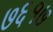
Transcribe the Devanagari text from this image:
७६१७